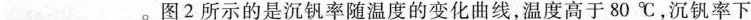
___。图2所示的是沉钒率随温度的变化曲线，温度高于80℃，沉钒率下